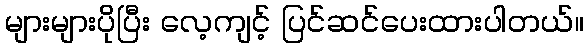
များများပိုပြီး လေ့ကျင့် ပြင်ဆင်ပေးထားပါတယ်။